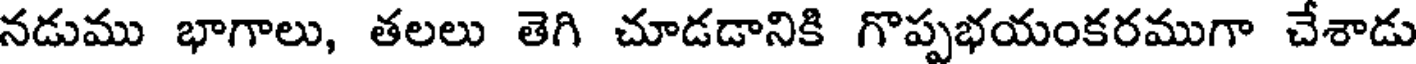
నడుము భాగాలు, తలలు తెగి చూడడానికి గొప్పభయంకరముగా చేశాడు